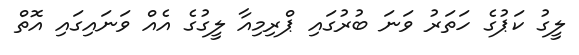
ލީގު ކަޕުގެ ހަތަރު ވަނަ ބުރުގައި ޕްރިމިއާ ލީގުގެ އެއް ވަނައިގައި އޮތް